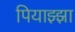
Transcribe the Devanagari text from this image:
पियाझ्झा